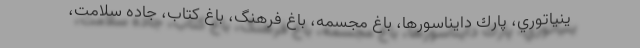
ينياتوري، پارك دايناسورها، باغ مجسمه، باغ فرهنگ، باغ كتاب، جاده سلامت،